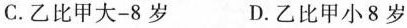
C.乙比甲大-8岁 D.乙比甲小8岁